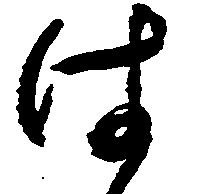
は